65_HS1-834228961_62-HQ-83894_Section_3
Agency: FBI
Page 37
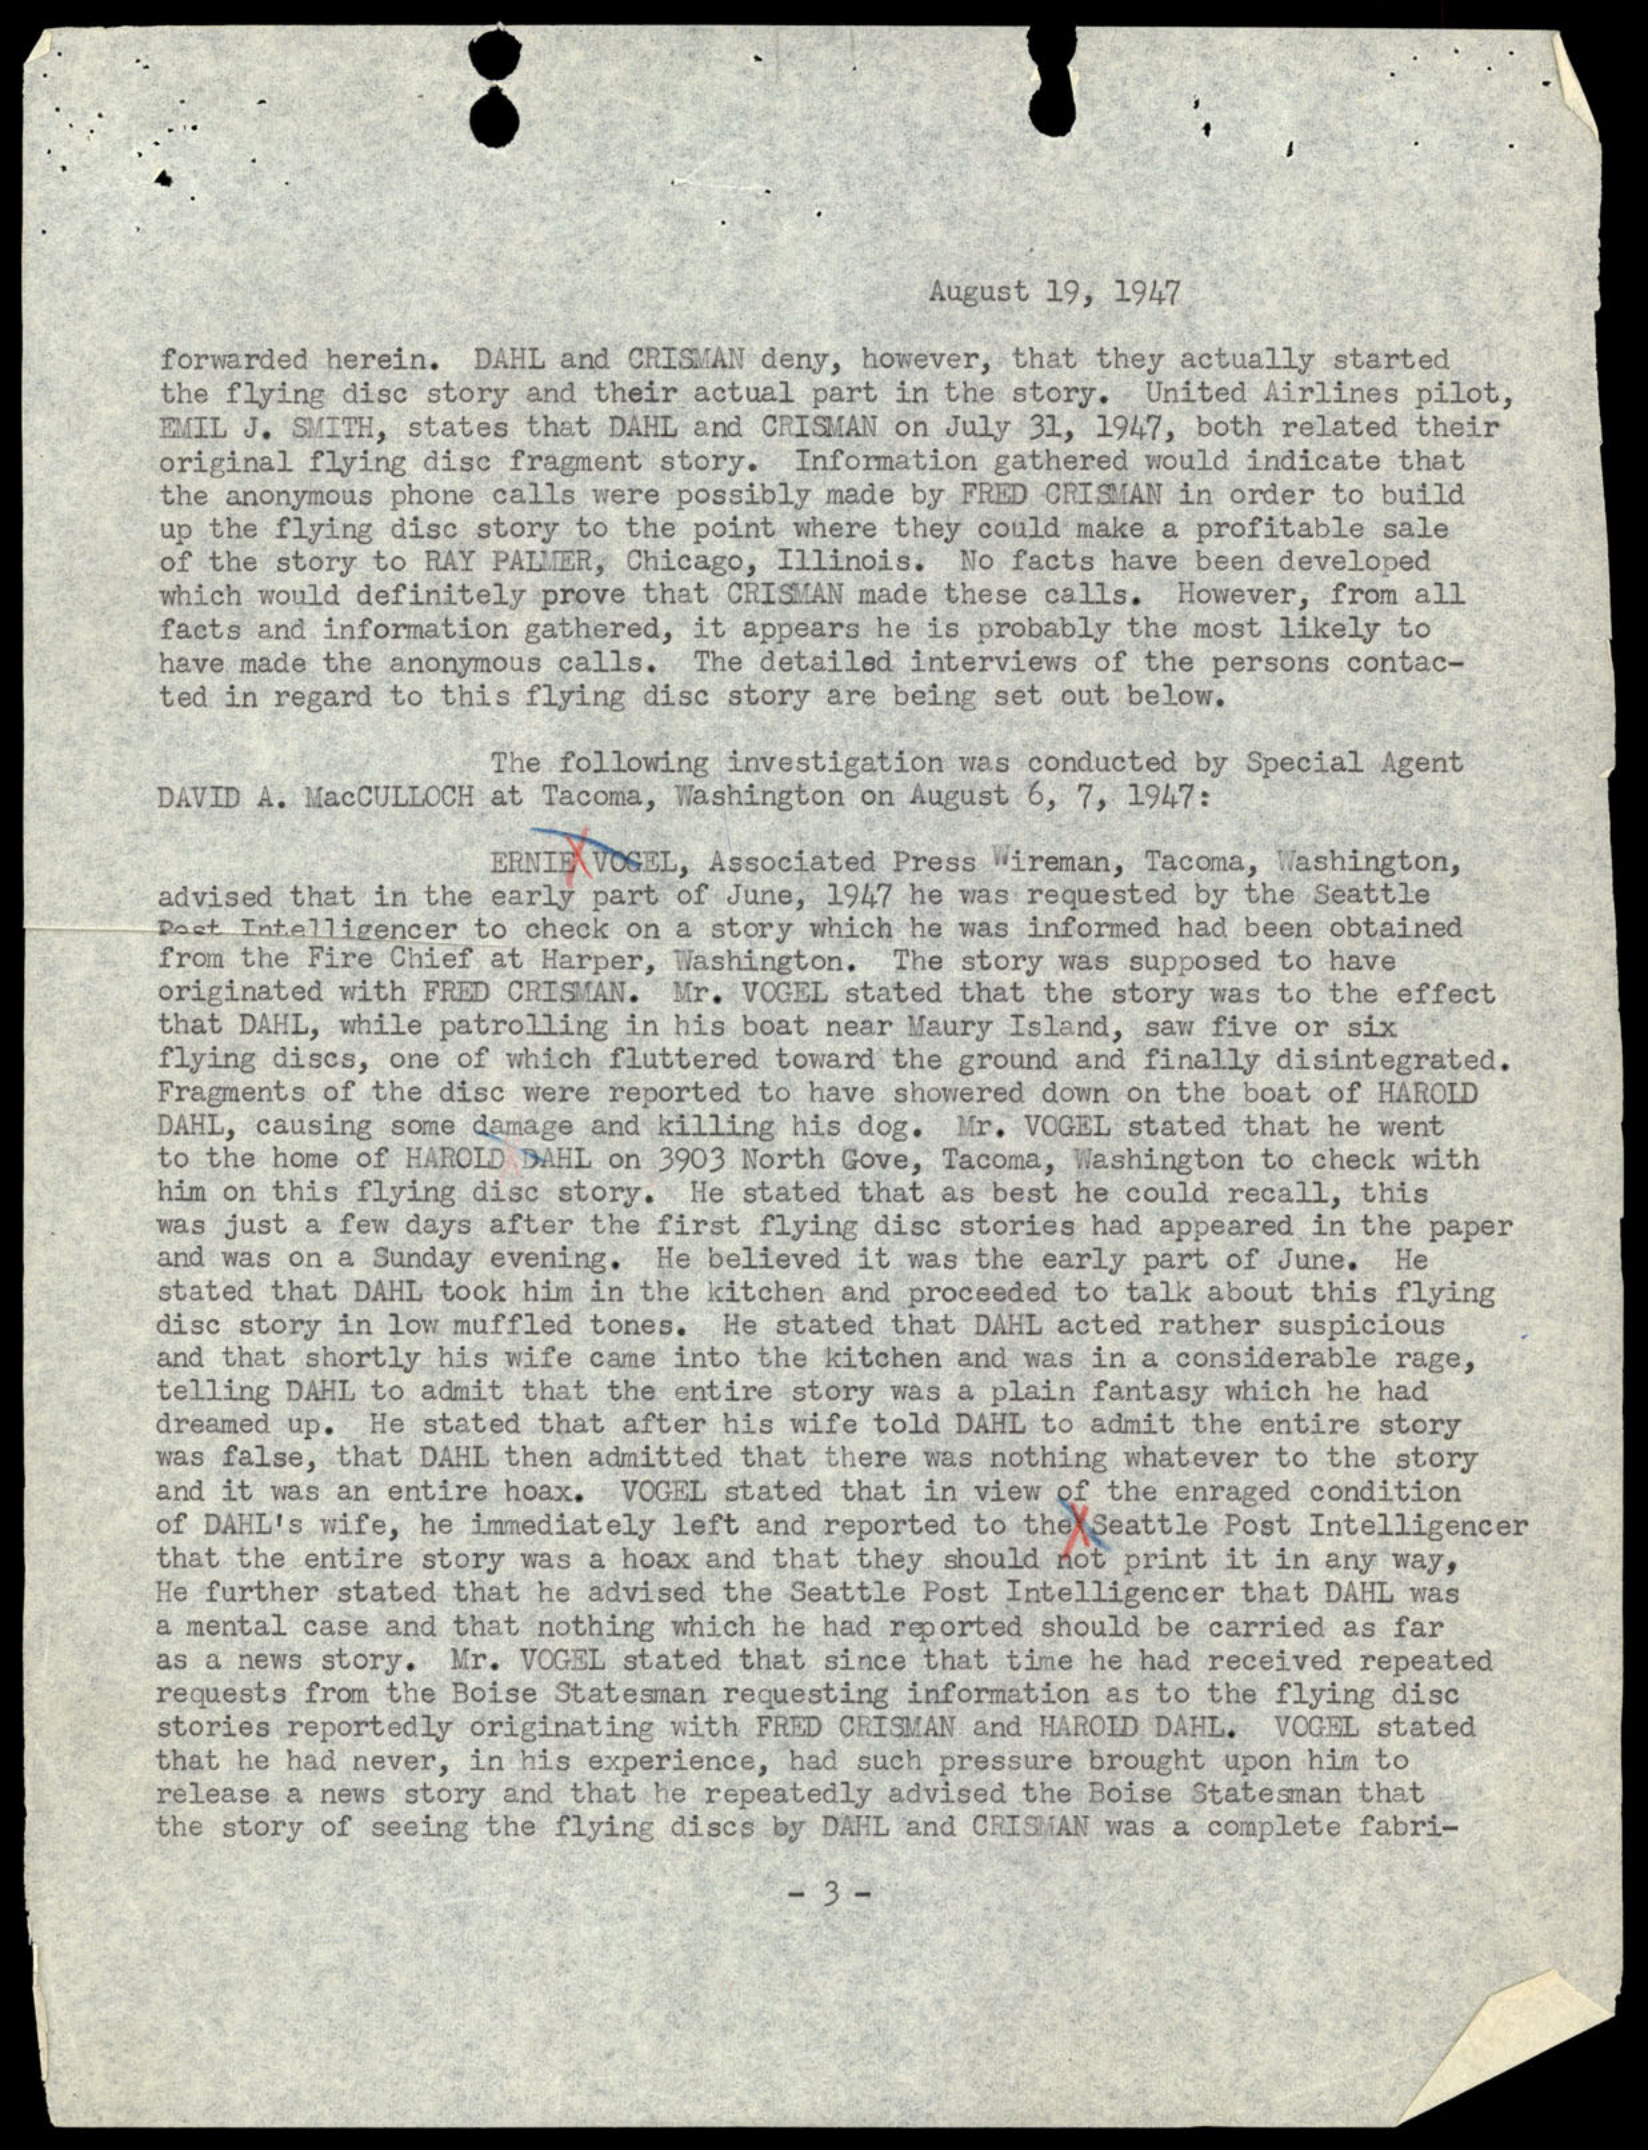